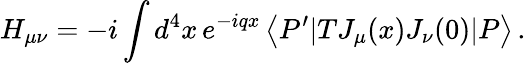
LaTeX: H_{\mu\nu}=-i\int d^{4}x\, e^{-iqx}\left<P^{\prime}|TJ_{\mu}(x)J_{\nu}(0)|P\right>\, .